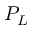
P _ { L }